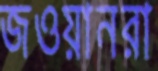
জওয়ানরা